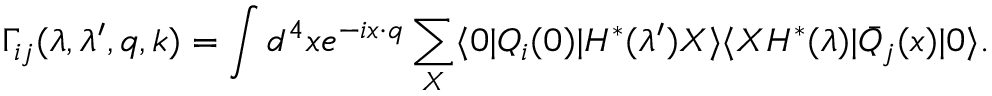
\Gamma _ { i j } ( \lambda , \lambda ^ { \prime } , q , k ) = \int d ^ { 4 } x e ^ { - i x \cdot q } \sum _ { X } \langle 0 \vert Q _ { i } ( 0 ) \vert H ^ { * } ( \lambda ^ { \prime } ) X \rangle \langle X H ^ { * } ( \lambda ) \vert \bar { Q } _ { j } ( x ) \vert 0 \rangle .